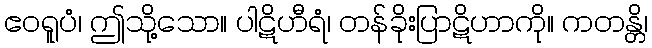
ဧဝရူပံ၊ ဤသို့သော။ ပါဋိဟီရံ၊ တန်ခိုးပြာဋိဟာကို။ ကတန္တိ၊